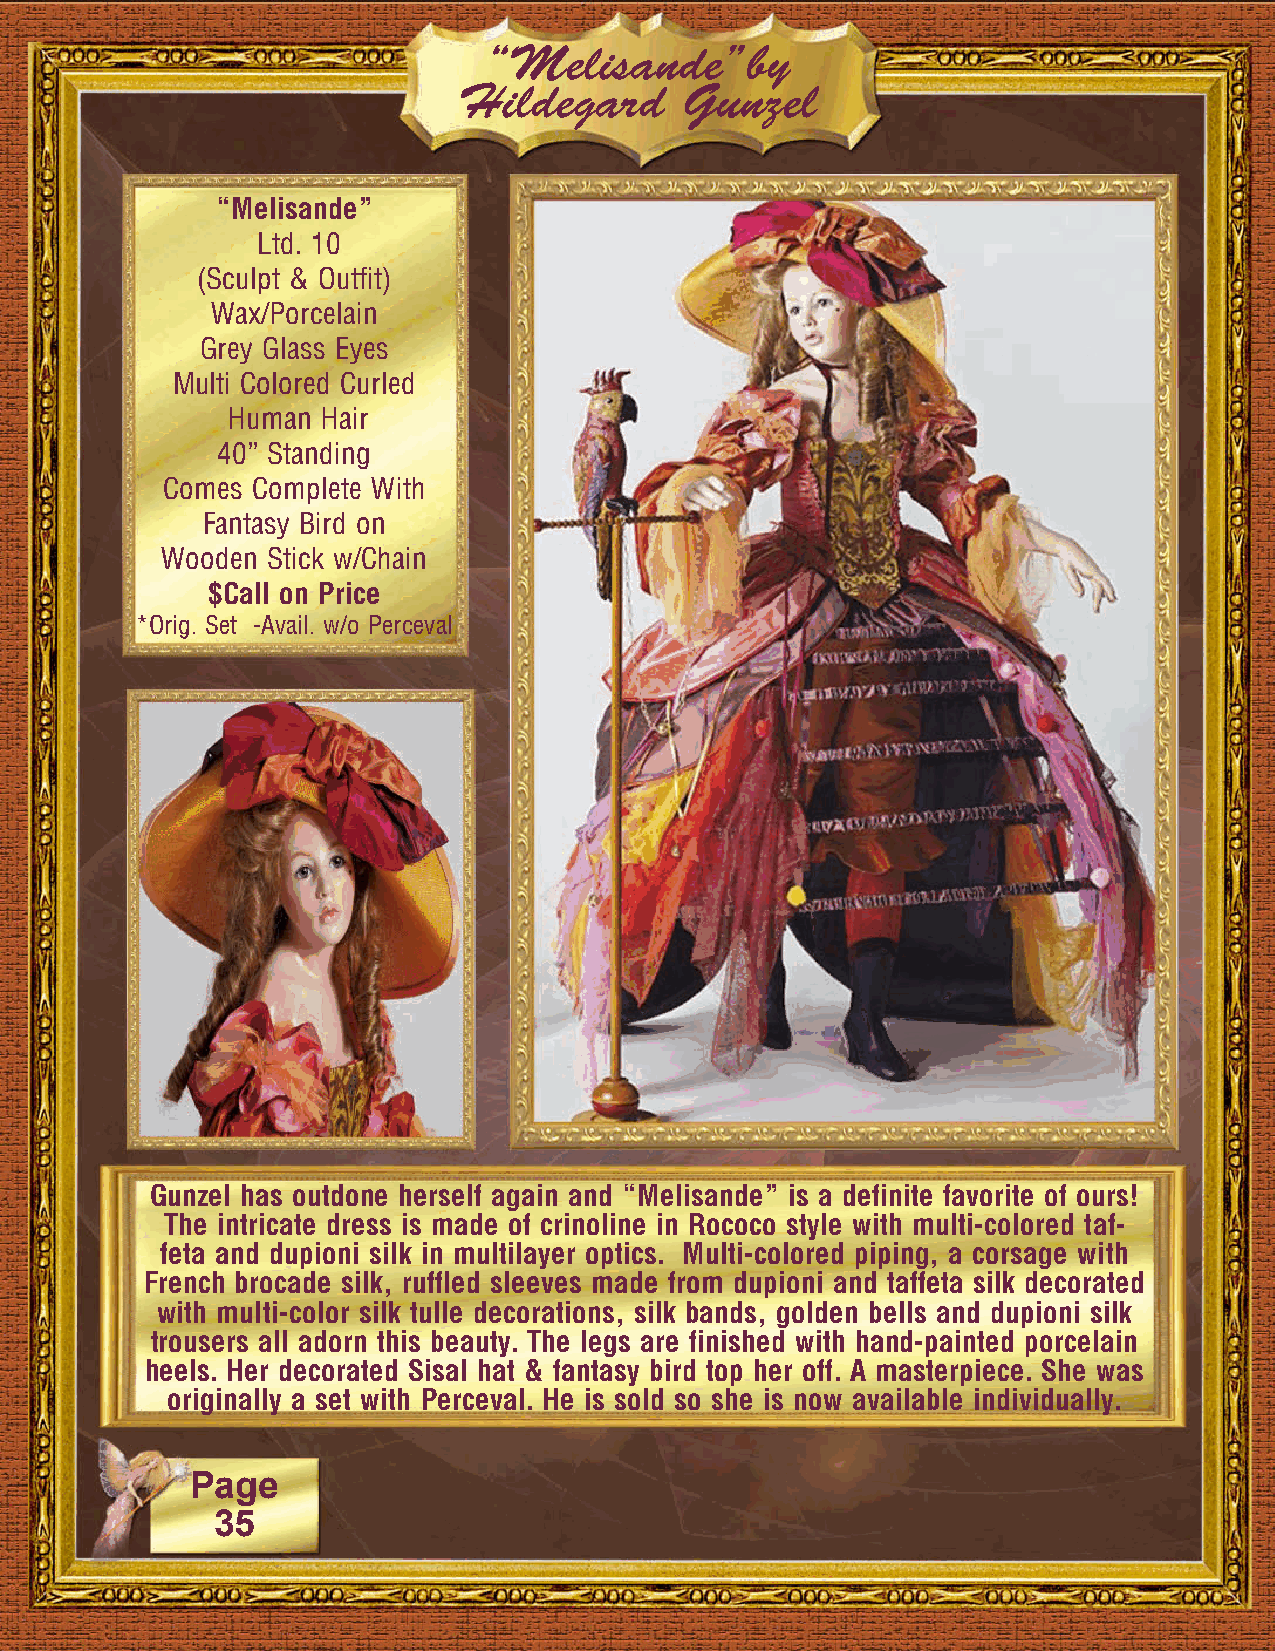
“Melisande”by
 Hildegard      Gunzel
 “Melisande”
 Ltd. 10
 (Sculpt & Outfit)
 Wax/Porcelain
 Grey Glass Eyes
 Multi Colored Curled
 Human Hair
 40” Standing
 Comes Complete With
 Fantasy Bird on
 Wooden Stick w/Chain
 $Call on Price
 *Orig. Set -Avail. w/o Perceval
 Gunzel has outdone herself again and “Melisande” is a definite favorite of ours!
 The intricate dress is made of crinoline in Rococo style with multi-colored taf-
 feta and dupioni silk in multilayer optics. Multi-colored piping, a corsage with
 French brocade silk, ruffled sleeves made from dupioni and taffeta silk decorated
 with multi-color silk tulle decorations, silk bands, golden bells and dupioni silk
 trousers all adorn this beauty. The legs are finished with hand-painted porcelain
 heels. Her decorated Sisal hat & fantasy bird top her off. A masterpiece. She was
 originally a set with Perceval. He is sold so she is now available individually.
 Page
 35